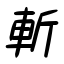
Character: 斬